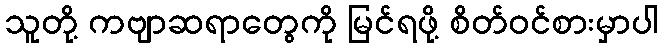
သူတို့ ကဗျာဆရာတွေကို မြင်ရဖို့ စိတ်ဝင်စားမှာပါ